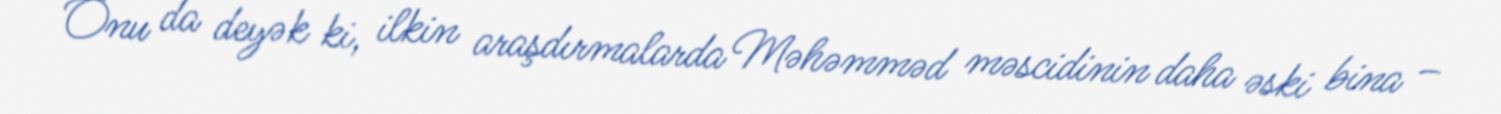
Onu da deyək ki, ilkin araşdırmalarda Məhəmməd məscidinin daha əski bina –